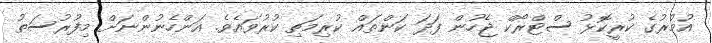
އުމުރުގެ ކުރީކޮޅު ސްޓްރޯކް ޖެހުން ފަދަ ކަންތައް ކުރިމަތި ކުރުވައެވެ. އަންހެނުންނަށް މިފުރުސަތު